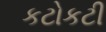
કટોકટી